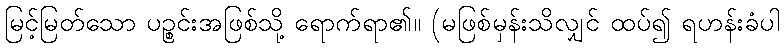
မြင့်မြတ်သော ပဉ္စင်းအဖြစ်သို့ ရောက်ရာ၏။ (မဖြစ်မှန်းသိလျှင် ထပ်၍ ရဟန်းခံပါ